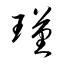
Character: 瑾